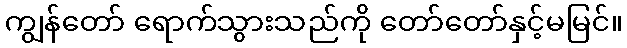
ကျွန်တော် ရောက်သွားသည်ကို တော်တော်နှင့်မမြင်။